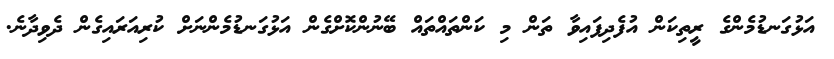
އަޅުގަނޑުމެންގެ ރީތިކަން އުފެދިފައިވާ ތަން މި ކަންތައްތައް ބޭނުންކޮށްގެން އަޅުގަނޑުމެންނަށް ކުރިއަރައިގެން ދެވިދާނެ.